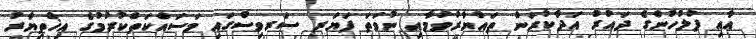
އާއި ފުލުހުންގެ ދައުރު އަދާކުރަން ތައްޔާރުވުމާއި ނުވަތަ ފަޔަރ ސަރވިސްގައި މަސައްކަތްކުރުމުގެ އިޚްތިޔާރު